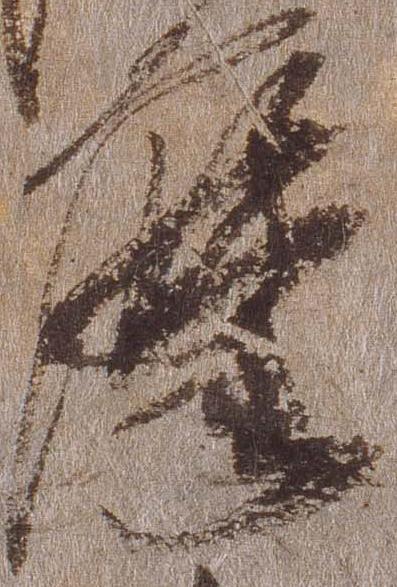
摩